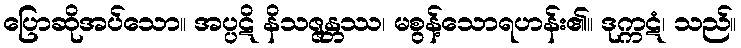
ပြောဆိုအပ်သော။ အပ္ပဋိ နိသဇ္ဇန္တဿ၊ မစွန့်သောရဟန်း၏။ ဒုက္ကဋံ၊ သည်။